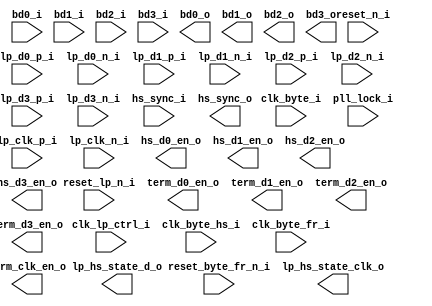
//===========================================================================
// Verilog file generated by Clarity Designer    02/20/2024    12:51:05  
// Copyright(c) 2016 Lattice Semiconductor Corporation. All rights reserved. 
//===========================================================================

module dsi_to_cmos_rx_global_ctrl (
    input  wire	              reset_n_i,
    input  wire	              reset_lp_n_i,
    input  wire	              reset_byte_fr_n_i,
    input  wire               clk_lp_ctrl_i,
    input  wire	              clk_byte_hs_i,
    input  wire	              clk_byte_i,
    input  wire	              clk_byte_fr_i,
    input  wire	              pll_lock_i,         // PLL Lock indicator, active high

    input wire [8-1:0]  bd0_i,
    input wire [8-1:0]  bd1_i,
    input wire [8-1:0]  bd2_i,
    input wire [8-1:0]  bd3_i,
    input wire                lp_clk_p_i,         // LP P on CLK lane
    input wire                lp_clk_n_i,         // LP N on CLK lane
    input wire                lp_d0_p_i,          // LP P on D0 lane
    input wire                lp_d0_n_i,          // LP N on D0 lane
    input wire                lp_d1_p_i,          // LP P on D1 lane
    input wire                lp_d1_n_i,          // LP N on D1 lane
    input wire                lp_d2_p_i,          // LP P on D2 lane
    input wire                lp_d2_n_i,          // LP N on D2 lane
    input wire                lp_d3_p_i,          // LP P on D3 lane
    input wire                lp_d3_n_i,          // LP N on D3 lane
    input wire                hs_sync_i,          // HS sync from Lane Aligner, active high
    output wire [8-1:0] bd0_o,
    output wire [8-1:0] bd1_o,
    output wire [8-1:0] bd2_o,
    output wire [8-1:0] bd3_o,
    output wire               term_clk_en_o,      // Termination Enable on CLK lane for HS mode, active high
    output wire               term_d0_en_o,       // Termination Enable on Data lane 0 for HS mode, active high
    output wire               hs_d0_en_o,   	  // HS mode Enable on Data lane 0, active high
    output wire               term_d1_en_o,       // Termination Enable on Data lane 1 for HS mode, active high
    output wire               hs_d1_en_o,         // HS mode Enable on Data lane 1, active high
    output wire               term_d2_en_o,       // Termination Enable on Data lane 2 for HS mode, active high
    output wire               hs_d2_en_o,         // HS mode Enable on Data lane 2, active high
    output wire               term_d3_en_o,       // Termination Enable on Data lane 3 for HS mode, active high
    output wire               hs_d3_en_o,         // HS mode Enable on Data lane 3, active high
    output wire               hs_sync_o,          // HS sync, active high
    output wire [1:0]         lp_hs_state_clk_o,  // LP HS state machine (CLK) for debug
    output wire [1:0]         lp_hs_state_d_o     // LP HS state machine (D0) for debug
);

endmodule